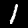
Digit: 1